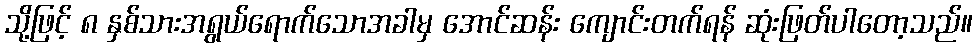
သို့ဖြင့် ၈ နှစ်သားအရွယ်ရောက်သောအခါမှ အောင်ဆန်း ကျောင်းတက်ရန် ဆုံးဖြတ်ပါတော့သည်။